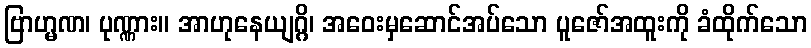
ဗြာဟ္မဏ၊ ပုဏ္ဏား။ အာဟုနေယျဂ္ဂိ၊ အဝေးမှဆောင်အပ်သော ပူဇော်အထူးကို ခံထိုက်သော